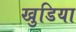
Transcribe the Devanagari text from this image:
खुडिया